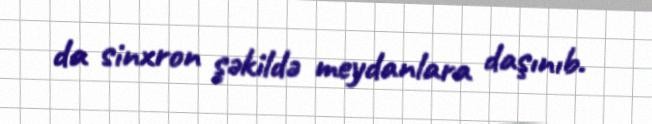
da sinxron şəkildə meydanlara daşınıb.